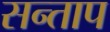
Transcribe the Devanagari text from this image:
सन्‍ताप